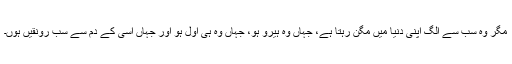
مگر وہ سب سے الگ اپنی دنیا میں مگن رہتا ہے، جہاں وہ ہیرو ہو، جہاں وہ ہی اول ہو اور جہاں اسی کے دم سے سب رونقیں ہوں۔